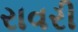
રાવરી